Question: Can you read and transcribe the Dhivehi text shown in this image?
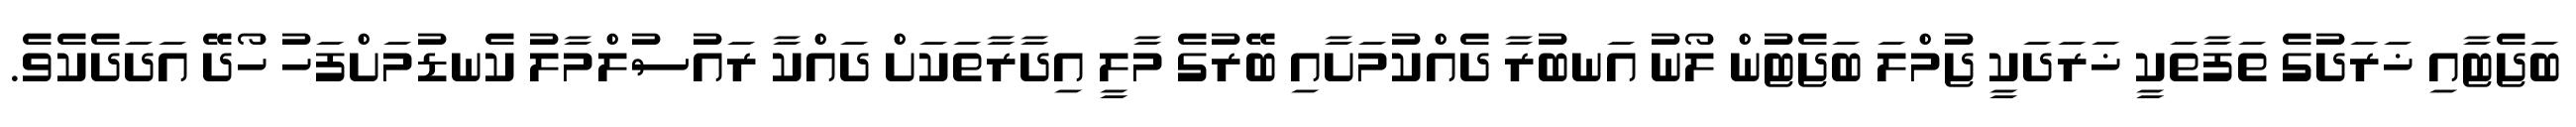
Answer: ބަޖެޓާއި ޚަރަދުގެ ތަފާތަކީ ޚަރަދަކީ ޖުމްލަ ބަޖެޓުން ލޯނު އަނބުރާ ދެއްކުމަށާއި ބޭރުގެ މާލީ އިދާރާތަކަށް ދައްކާ ރައުސުލްމާލު ކެނޑުމަށްފަހު ހޯދޭ އަދަދެކެވެ.